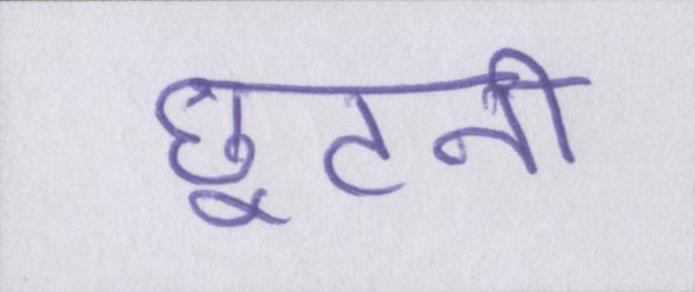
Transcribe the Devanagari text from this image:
छूटनी